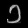
Digit: ၁